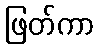
ဖြတ်ကာ